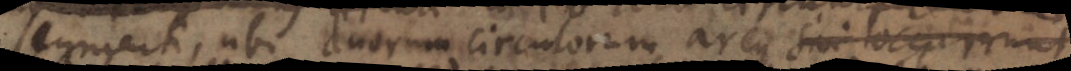
segmenti, ubi duorum circulorum arcus sivi occurrunt